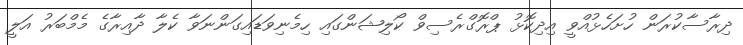
ދިރާސާކުރަން ހުށަހެޅުއްވީ އިދިކޮޅު ޕްރޮގްރެސިވް ކޯލިޝަންގައި ހިމެނިވަޑައިގަންނަވާ ކެލާ ދާއިރާގެ މެމްބަރު އަލީ